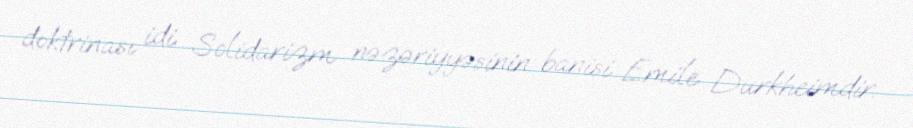
doktrinası idi. Solidarizm nəzəriyyəsinin banisi Emile Durkheimdir.